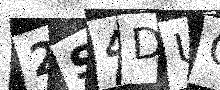
Text: 2S4DUG